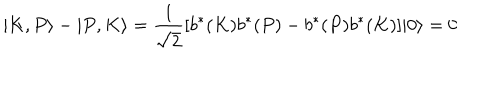
| K , P \rangle - | P , K \rangle = { \frac { 1 } { \sqrt { 2 } } } [ b ^ { \ast } ( K ) b ^ { \ast } ( P ) - b ^ { \ast } ( P ) b ^ { \ast } ( K ) ] | 0 \rangle = 0